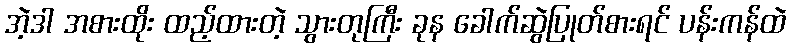
အဲ့ဒါ အစားထိုး ထည့်ထားတဲ့ သွားတုကြီး ခုန ခေါက်ဆွဲပြုတ်စားရင် ပန်းကန်ထဲ